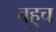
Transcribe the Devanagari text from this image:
बहुच